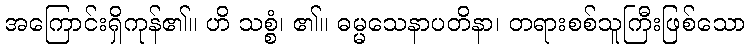
အကြောင်းရှိကုန်၏။ ဟိ သစ္စံ၊ ၏။ ဓမ္မသေနာပတိနာ၊ တရားစစ်သူကြီးဖြစ်သော